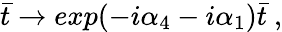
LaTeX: \bar{t}\rightarrow exp(-i\alpha_{4}-i\alpha_{1})\bar{t}\ ,